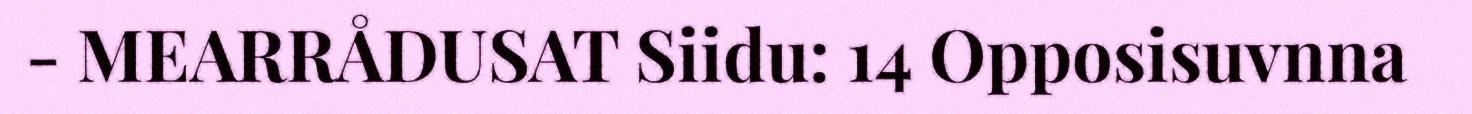
- MEARRÅDUSAT Siidu: 14 Opposisuvnna